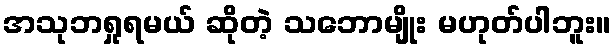
အသုဘရှုရမယ် ဆိုတဲ့ သဘောမျိုး မဟုတ်ပါဘူး။